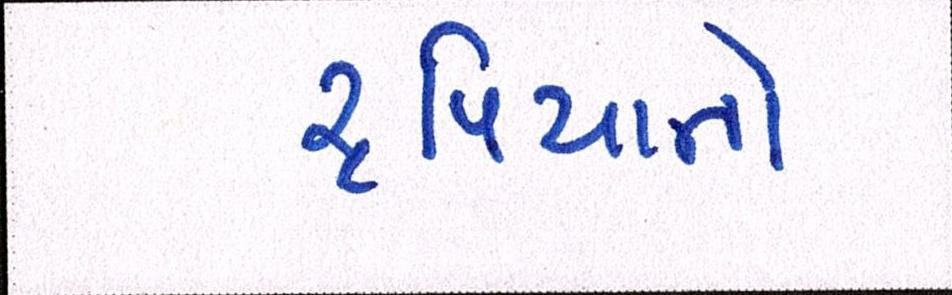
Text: રૃપિયાનો